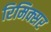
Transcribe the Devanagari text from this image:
रिमिक्सर